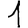
Digit: 1